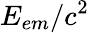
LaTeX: E_{em}/c^{2}